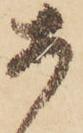
あ